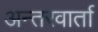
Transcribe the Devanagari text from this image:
अन्तरवार्ता